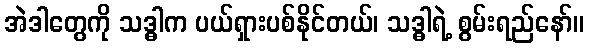
အဲဒါတွေကို သဒ္ဓါက ပယ်ရှားပစ်နိုင်တယ်၊ သဒ္ဓါရဲ့ စွမ်းရည်နော်။